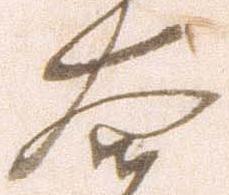
大